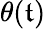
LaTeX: \theta(\mathfrak{t})